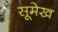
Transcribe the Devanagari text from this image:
सूमेख